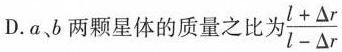
D.a、b两颗星体的质量之比 $$\frac { l + △r} { l - △r }$$